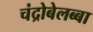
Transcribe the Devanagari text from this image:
चंद्रोबेलब्बा